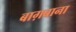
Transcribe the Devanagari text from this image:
बाग़बाना